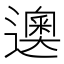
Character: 𰻘